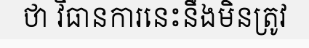
ថា វិធានការនេះនឹងមិនត្រូវ